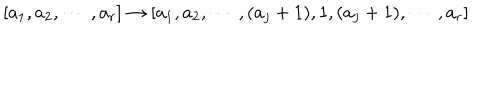
[ a _ { 1 } , a _ { 2 } , \cdots ~ , a _ { r } ] \rightarrow [ a _ { 1 } , a _ { 2 } , \cdots ~ , ( a _ { j } + 1 ) , 1 , ( a _ { j } + 1 ) , \cdots ~ , a _ { r } ]